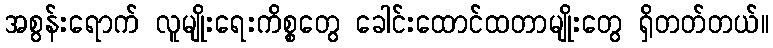
အစွန်းရောက် လူမျိုးရေးကိစ္စတွေ ခေါင်းထောင်ထတာမျိုးတွေ ရှိတတ်တယ်။